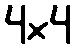
4×4